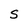
Character: S